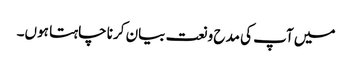
میں آپ کی مدح و نعت بیان کرنا چاہتا ہوں۔